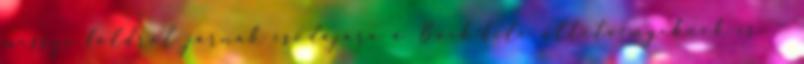
messze földrôl járnak csodájára a Bock-féle ültetvényeknek is. —